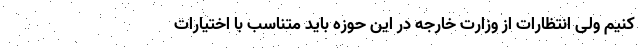
کنیم ولی انتظارات از وزارت خارجه در این حوزه باید متناسب با اختیارات